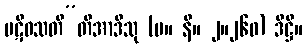
ပဋိဝသတီ”တိအာဒီသု (မ။ နိ။ ၂။၂၆၀) ဒိဋ္ဌိ။